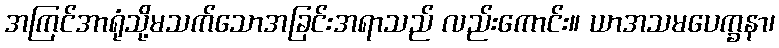
အကြင်အာရုံသို့မသက်သောအခြင်းအရာသည် လည်းကောင်း။ ယာအသမပေက္ခနာ၊